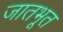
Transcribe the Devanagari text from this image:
जातभूत